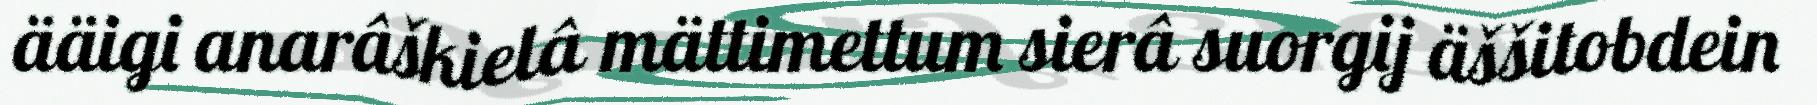
ääigi anarâškielâ mättimettum sierâ suorgij äššitobdein